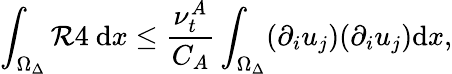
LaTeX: \int_{\Omega_{\Delta}}\mathcal{R}4~\mathrm{{d}}x\leq\frac{{\nu_{t}^{A}}}{{C_{A}}}\int_{\Omega_{\Delta}}(\partial_{i}u_{j})(\partial_{i}u_{j})\mathrm{{d}}x,